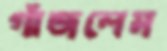
গাঁজলেম